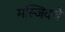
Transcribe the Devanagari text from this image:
मस्जिदचे